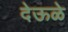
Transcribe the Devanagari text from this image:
देऊळे